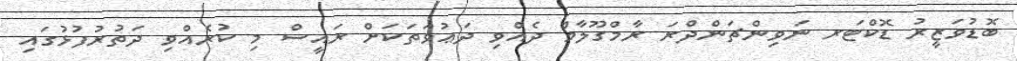
ބޮޑުވަޒީރު ޑޮކްޓަރ ނަވިންޗަންދްރަ ރާމްގޫލާމް ދެއްވި ދަޢުވަތަކަށް ރައީސް މި ކުރެއްވި ދަތުރުފުޅުގައި